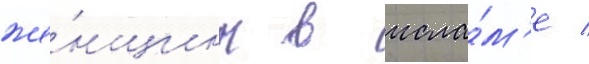
же́нщины в исла́м'е /